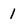
Character: 1